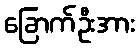
ခြောက်ဦးအား